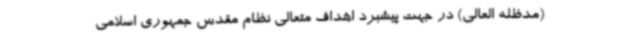
(مدظله العالی) در جهت پیشبرد اهداف متعالی نظام مقدس جمهوری اسلامی